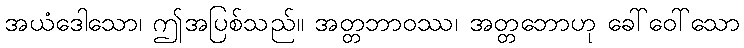
အယံဒေါသော၊ ဤအပြစ်သည်။ အတ္တဘာဝဿ၊ အတ္တဘောဟု ခေါ်ဝေါ်သော